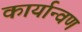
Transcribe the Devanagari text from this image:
कार्यान्वण